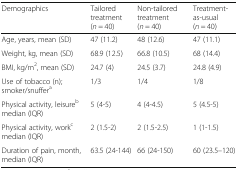
| Demographics | Tailored treatment(n = 40) | Non-tailored treatment(n = 40) | Treatment-as-usual(n = 40) |
 | --- | --- | --- | --- |
 | Age, years, mean (SD) | 47 (11.2) | 48 (12.6) | 47 (11.1) |
 | Weight, kg, mean (SD) | 68.9 (12.5) | 66.8 (10.5) | 68 (14.4) |
 | BMI, kg/m2, mean (SD) | 24.7 (4) | 24.5 (3.7) | 24.8 (4.9) |
 | Use of tobacco (n); smoker/snuffera | 1/3 | 1/4 | 1/8 |
 | Physical activity, leisureb median (IQR) | 5 (4-5) | 4 (4-4.5) | 5 (4.5-5) |
 | Physical activity, workc median (IQR) | 2 (1.5-2) | 2 (1.5-2.5) | 1 (1-1.5) |
 | Duration of pain, month, median (IQR) | 63.5 (24-144) | 66 (24-150) | 60 (23.5–120) |